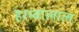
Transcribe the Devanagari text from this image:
हेरम्बालाल